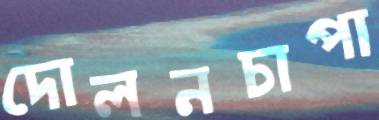
দোলনচাপা